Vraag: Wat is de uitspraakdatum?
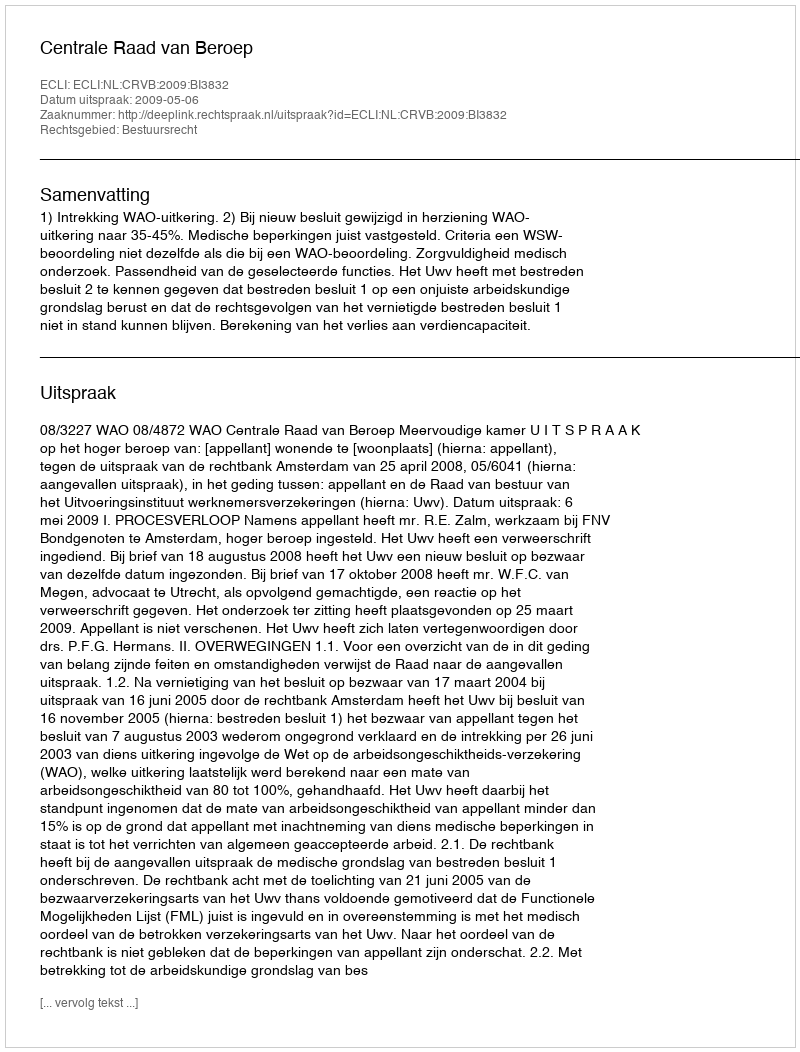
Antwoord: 2009-05-06